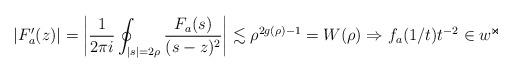
LaTeX: \begin{align*} |F_a'(z)|=\left|\frac{1}{2\pi i}\oint_{|s|=2\rho}\frac{F_a(s)}{(s-z)^2}\right|\lesssim\rho^{2g(\rho)-1}= W(\rho)\Rightarrow f_a(1/t)t^{-2}\in w^{\Join}\end{align*}